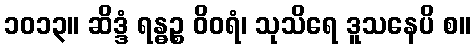
၁၀၁၃။ ဆိဒ္ဒံ ရန္ဓဉ္စ ဝိဝရံ၊ သုသိရေ ဒူသနေပိ စ။